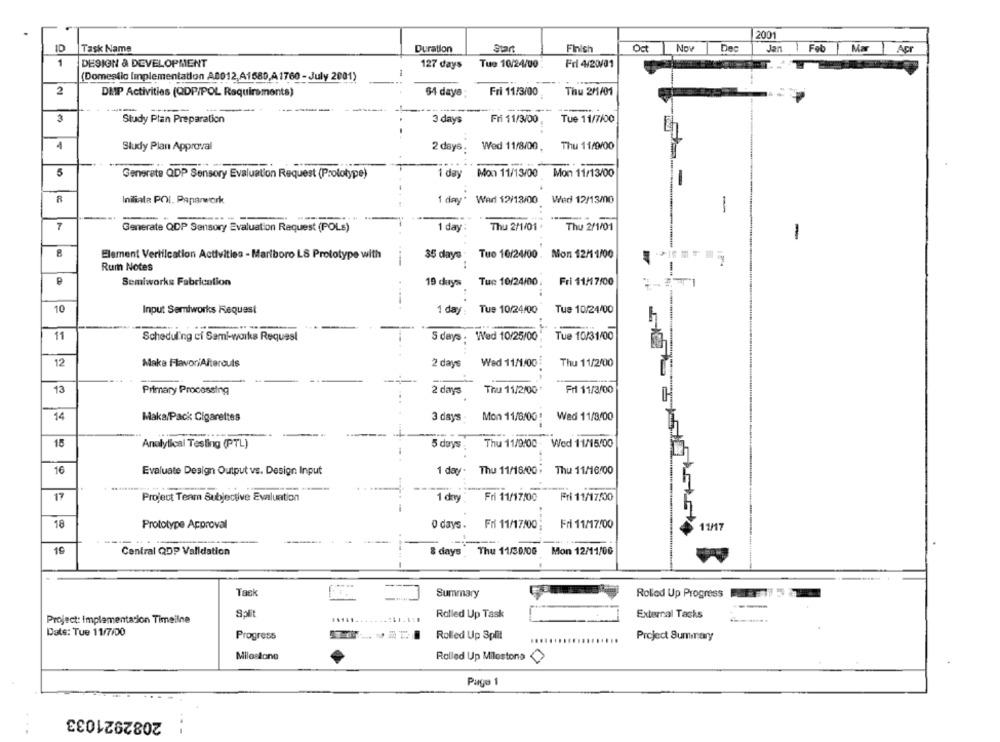
2001
ID
Task Name
Duration
Start
Finich
Oct
Now
Dec
Jan
Feb
Mar
Acr
1
DESIGN & DEVELOPMENT
127 days
Tue 10/24/00
Fri 4/20/01
(Domestic Implementation A0012,A1680,A 1760 - July 2001)
2
DMP Activities (QDP/POL Requirements)
54 daya:
Fri 11/3/00
Thu 2/1/01
Study Plan Preparation
Tue 11/7/00
3 days
Fri 11/3/00
1
Study Plan Approval
2 days:
Wed 11/8/00.
Thu 11/9/00
5
Generate QDP Sensory Evaluation Request (Prolotype)
1 day
Mon 11/13/00 Mon 11/13/00
Initiale POL. Paparwork
1 day*
War 12/13/00
Wed 12/13/0
-
----.
7
Generate QDP Sensory Evaluation Request (POLs)
1 day
Thu 2/1/01+
Thu 2/1/01
1
8
Element Verification Activities - Mariboro LS Prototype with
35 days . Tuo 10/24/00 . Mon 12/11/00
Rum Notes
-
1
P
Semiworks Fabrication
19 days
Tue 10/24/00.
Fri 11/17/00
10
Input Semiworks Request
1 day
Tue 10/24/00
Tue 10/24/00
11
Scheduling ci Sami-works Request
5 days : Wed 10/25/00
Tue 10/31/00
12
Make FlavoriAltarouls
2 days
Wed 11/1/00
Thu 11/2/000
13
Primary Processing
2 days
Thu 11/2/00 *
Fri 11/3/00
H
14
Mon 11/8/001
Maka/Pack Cigarettes
3 days
Wed 11/8/00
Analytical Testing (PTL)
5 days
Thu 11/9/00
Wed 11/15/00
16
Evaluate Design Output vs. Design Input
Thu 11/18/00. Thu 11/16/00
17
Project Team Subjective Evaluation
Fri 11/17/00
Fri 11/17/00
1 day
18
Prototype Approval
o days .
Fri 11/17/00
Fri 11/17/00
11/17
19
Central QDP Validation
8 days
Thu 11/30/06 Mon 12/11/06
Tack
Summary
Com
Rolled Up Progress
---
Solit
Rolled Up Task
External Tacks
Project: Implementation Timeilne
Date: Tue 11/7/00
Progress
Rolled Up Split
Project Summary
Milestone
Rolled Up Milostona
Page 1
2082921033
...